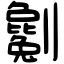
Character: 劖